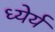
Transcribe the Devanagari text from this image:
ध्येर्य